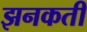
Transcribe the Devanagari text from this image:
झनकती